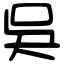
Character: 吳